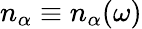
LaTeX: n_{\alpha}\equiv n_{\alpha}(\omega)